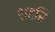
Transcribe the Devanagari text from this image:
शहरि